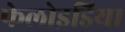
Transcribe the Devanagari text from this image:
फेलोइडिया